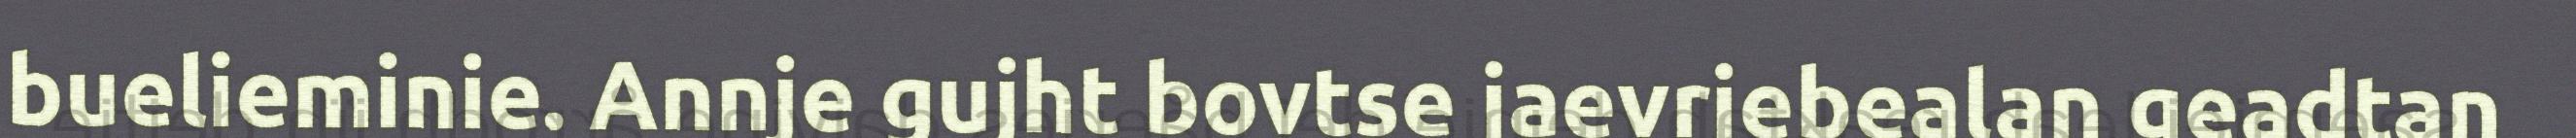
buelieminie. Annje gujht bovtse jaevriebealan geadtan